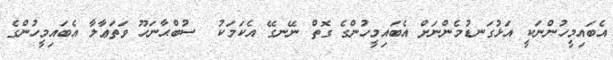
އެބައިމީހުންނަކީ އަޅުގަނޑުމެންނަށް އެބައިމީހުންގެ ގޮތް ނޭނގޭ އެކަމަކު  ސުބްޙާނަހޫ ވަތަޢާލާ އެބައިމީހުންގެ